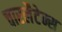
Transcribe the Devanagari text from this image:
चारलैटेन्स